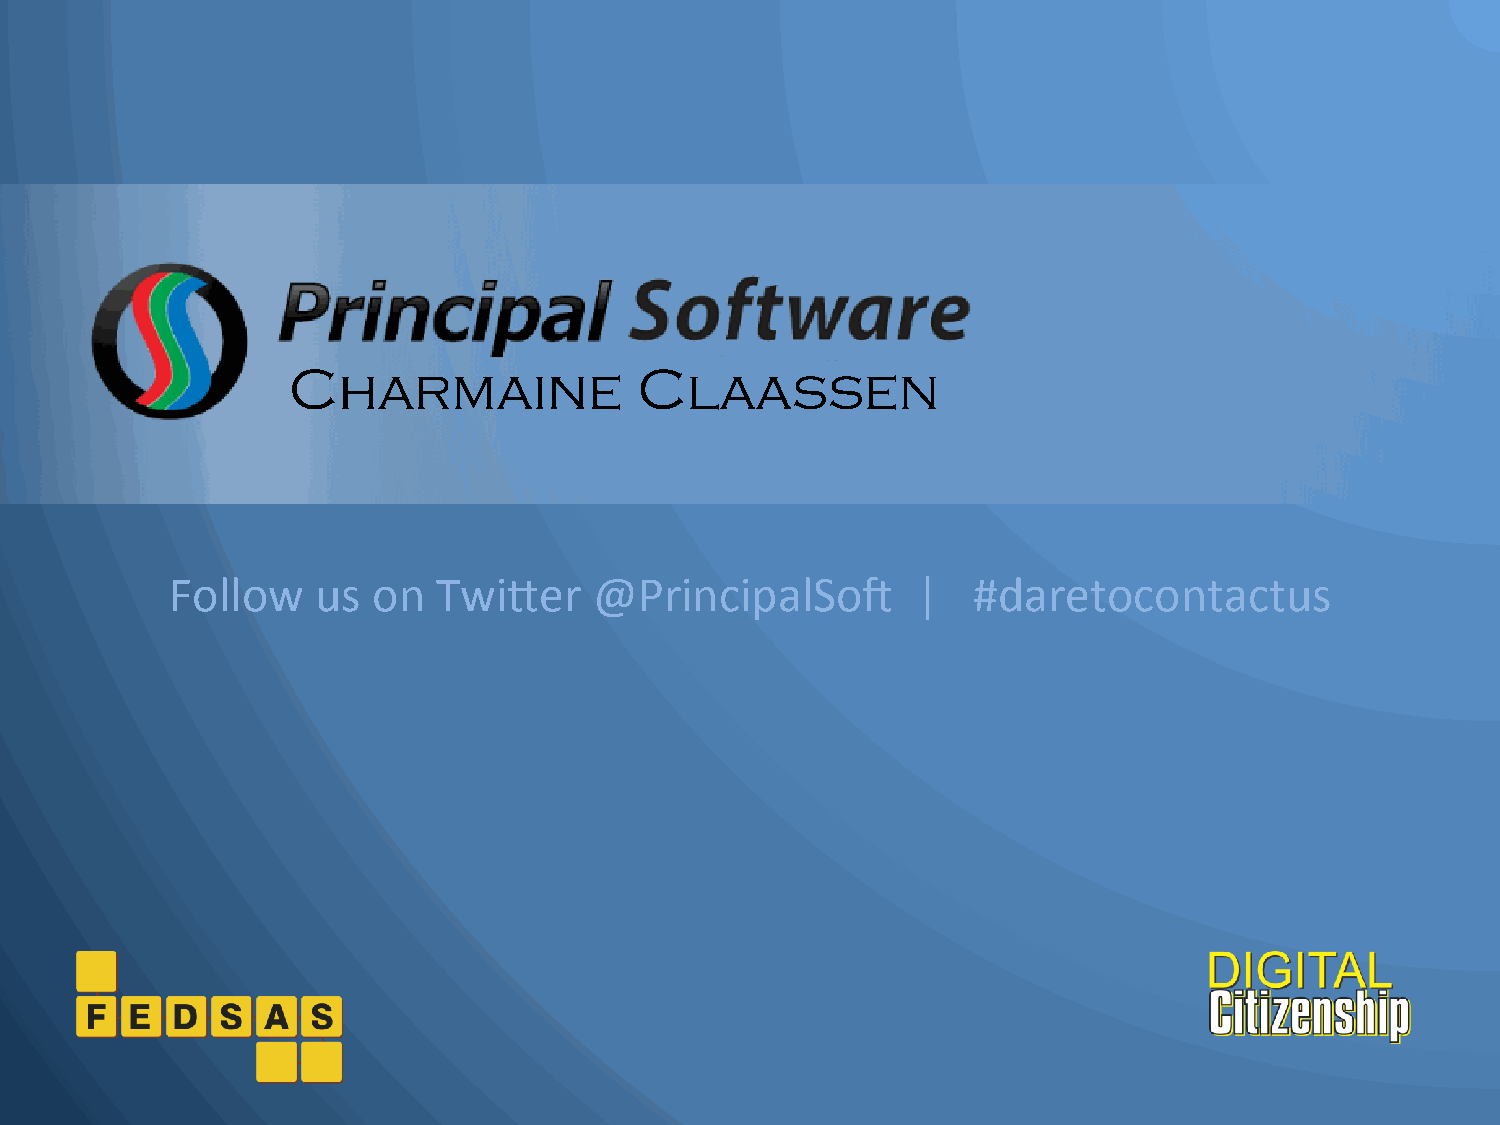
Charmaine              Claassen
 Follow    us  on  Twi+er    @PrincipalSo4         |  #daretocontactus